Civil Veterinary Department. Madras. Admin. report 1910-25 - 1910-1925
Year: 1910
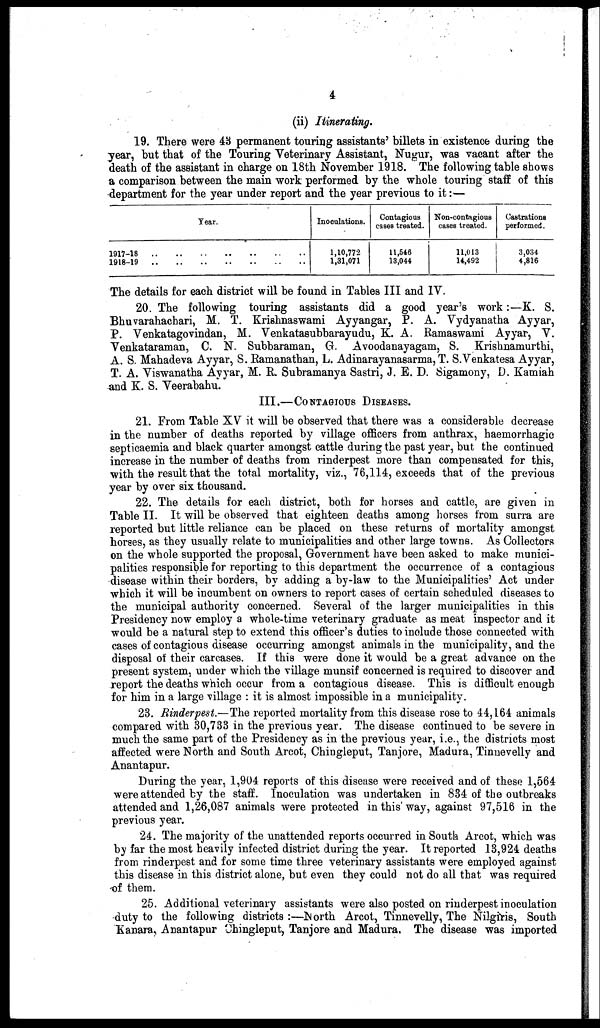
4
(ii) Itinerating.
19. There were 43 permanent touring assistants' billets in existence during the
year, but that of the Touring Veterinary Assistant, Nugur, was vacant after the
death of the assistant in charge on 18th November 1918. The following table shows
a comparison between the main work performed by the whole touring staff of this
department for the year under report and the year previous to it:—
Year.
1917-18 .. .. .. .. .. .. ..
1918-19 .. .. .. .. .. .. ..
Inoculations.
1,10,772
1,31,071
Contagious
cases treated.
11,546
13,044
Non-contagious
cases treated.
11,013
14,492
Castrations
performed.
3,034
4,816
The details for each district will be found in Tables III and IV.
20. The following touring assistants did a good year's work:—K. S.
Bhuvarahachari, M. T. Krishnaswami Ayyangar, P. A. Vydyanatha Ayyar,
P. Venkatagovindan, M. Venkatasubbarayudu, K. A. Ramaswami Ayyar, V.
Venkataraman, C. N. Subbaraman, G. Avoodanayagam, S. Krishnamurthi,
A. S. Mahadeva Ayyar, S. Ramanathan, L. Adinarayanasarma, T. S.Venkatesa Ayyar,
T. A. Viswanatha Ayyar, M. R Subramanya Sastri, J. E. D. Sigamony, D. Kamiah
and K. S. Veerabahu.
III.—CONTAGIOUS DISEASES.
21. From Table XV it will be observed that there was a considerable decrease
in the number of deaths reported by village officers from anthrax, haemorrhagic
septicaemia and black quarter amongst cattle during the past year, but the continued
increase in the number of deaths from rinderpest more than compensated for this,
with the result that the total mortality, viz., 76,114, exceeds that of the previous
year by over six thousand.
22. The details for each district, both for horses and cattle, are given in
Table II. It will be observed that eighteen deaths among horses from surra are
reported but little reliance can be placed on these returns of mortality amongst
horses, as they usually relate to municipalities and other large towns. As Collectors
on the whole supported the proposal, Government have been asked to make munici-
palities responsible for reporting to this department the occurrence of a contagious
disease within their borders, by adding a by-law to the Municipalities' Act under
which it will be incumbent on owners to report cases of certain scheduled diseases to
the municipal authority concerned. Several of the larger municipalities in this
Presidency now employ a whole-time veterinary graduate as meat inspector and it
would be a natural step to extend this officer's duties to include those connected with
cases of contagious disease occurring amongst animals in the municipality, and the
disposal of their carcases. If this were done it would be a great advance on the
present system, under which the village munsif concerned is required to discover and
report the deaths which occur from a contagious disease. This is difficult enough
for him in a large village: it is almost impossible in a municipality.
23. Rinderpest.—The reported mortality from this disease rose to 44,164 animals
compared with 30,733 in the previous year. The disease continued to be severe in
much the same part of the Presidency as in the previous year, i.e., the districts most
affected were North and South Arcot, Chingleput, Tanjore, Madura, Tinnevelly and
Anantapur.
During the year, 1,904 reports of this disease were received and of these 1,564
were attended by the staff. Inoculation was undertaken in 834 of the outbreaks
attended and 1,26,087 animals were protected in this way, against 97,516 in the
previous year.
24. The majority of the unattended reports occurred in South Arcot, which was
by far the most heavily infected district during the year. It reported 13,924 deaths
from rinderpest and for some time three veterinary assistants were employed against
this disease in this district alone, but even they could not do all that was required
of them.
25. Additional veterinary assistants were also posted on rinderpest inoculation
duty to the following districts :—North Arcot, Tinnevelly, The Nilgiris, South
Kanara, Anantapur Chingleput, Tanjore and Madura. The disease was imported